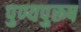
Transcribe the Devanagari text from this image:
पुण्यपुरूष